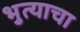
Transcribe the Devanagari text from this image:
भुत्याचा